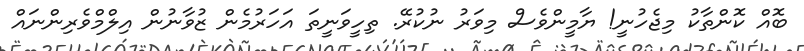
ބޮއް ކޮންތާކު މިޖެހުނީ! ޔާމީންވެސް މިވަރު ނުކުރޭ. ތިހީވަނީތަ އަހަރުމެން ޒުވާނުން އިލްމްވެރިންނައް